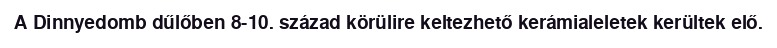
A Dinnyedomb dűlőben 8-10. század körülire keltezhető kerámialeletek kerültek elő.